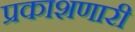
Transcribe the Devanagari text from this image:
प्रकाशणारी